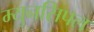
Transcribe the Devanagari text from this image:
म्युनसिपल